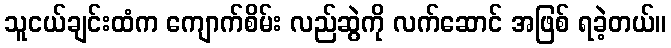
သူငယ်ချင်းထံက ကျောက်စိမ်း လည်ဆွဲကို လက်ဆောင် အဖြစ် ရခဲ့တယ်။